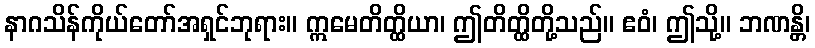
နာဂသိန်ကိုယ်တော်အရှင်ဘုရား။ ဣမေတိတ္ထိယာ၊ ဤတိတ္ထိတို့သည်။ ဧဝံ၊ ဤသို့။ ဘဏန္တိ၊